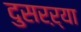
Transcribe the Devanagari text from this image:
दुसरऱ्या